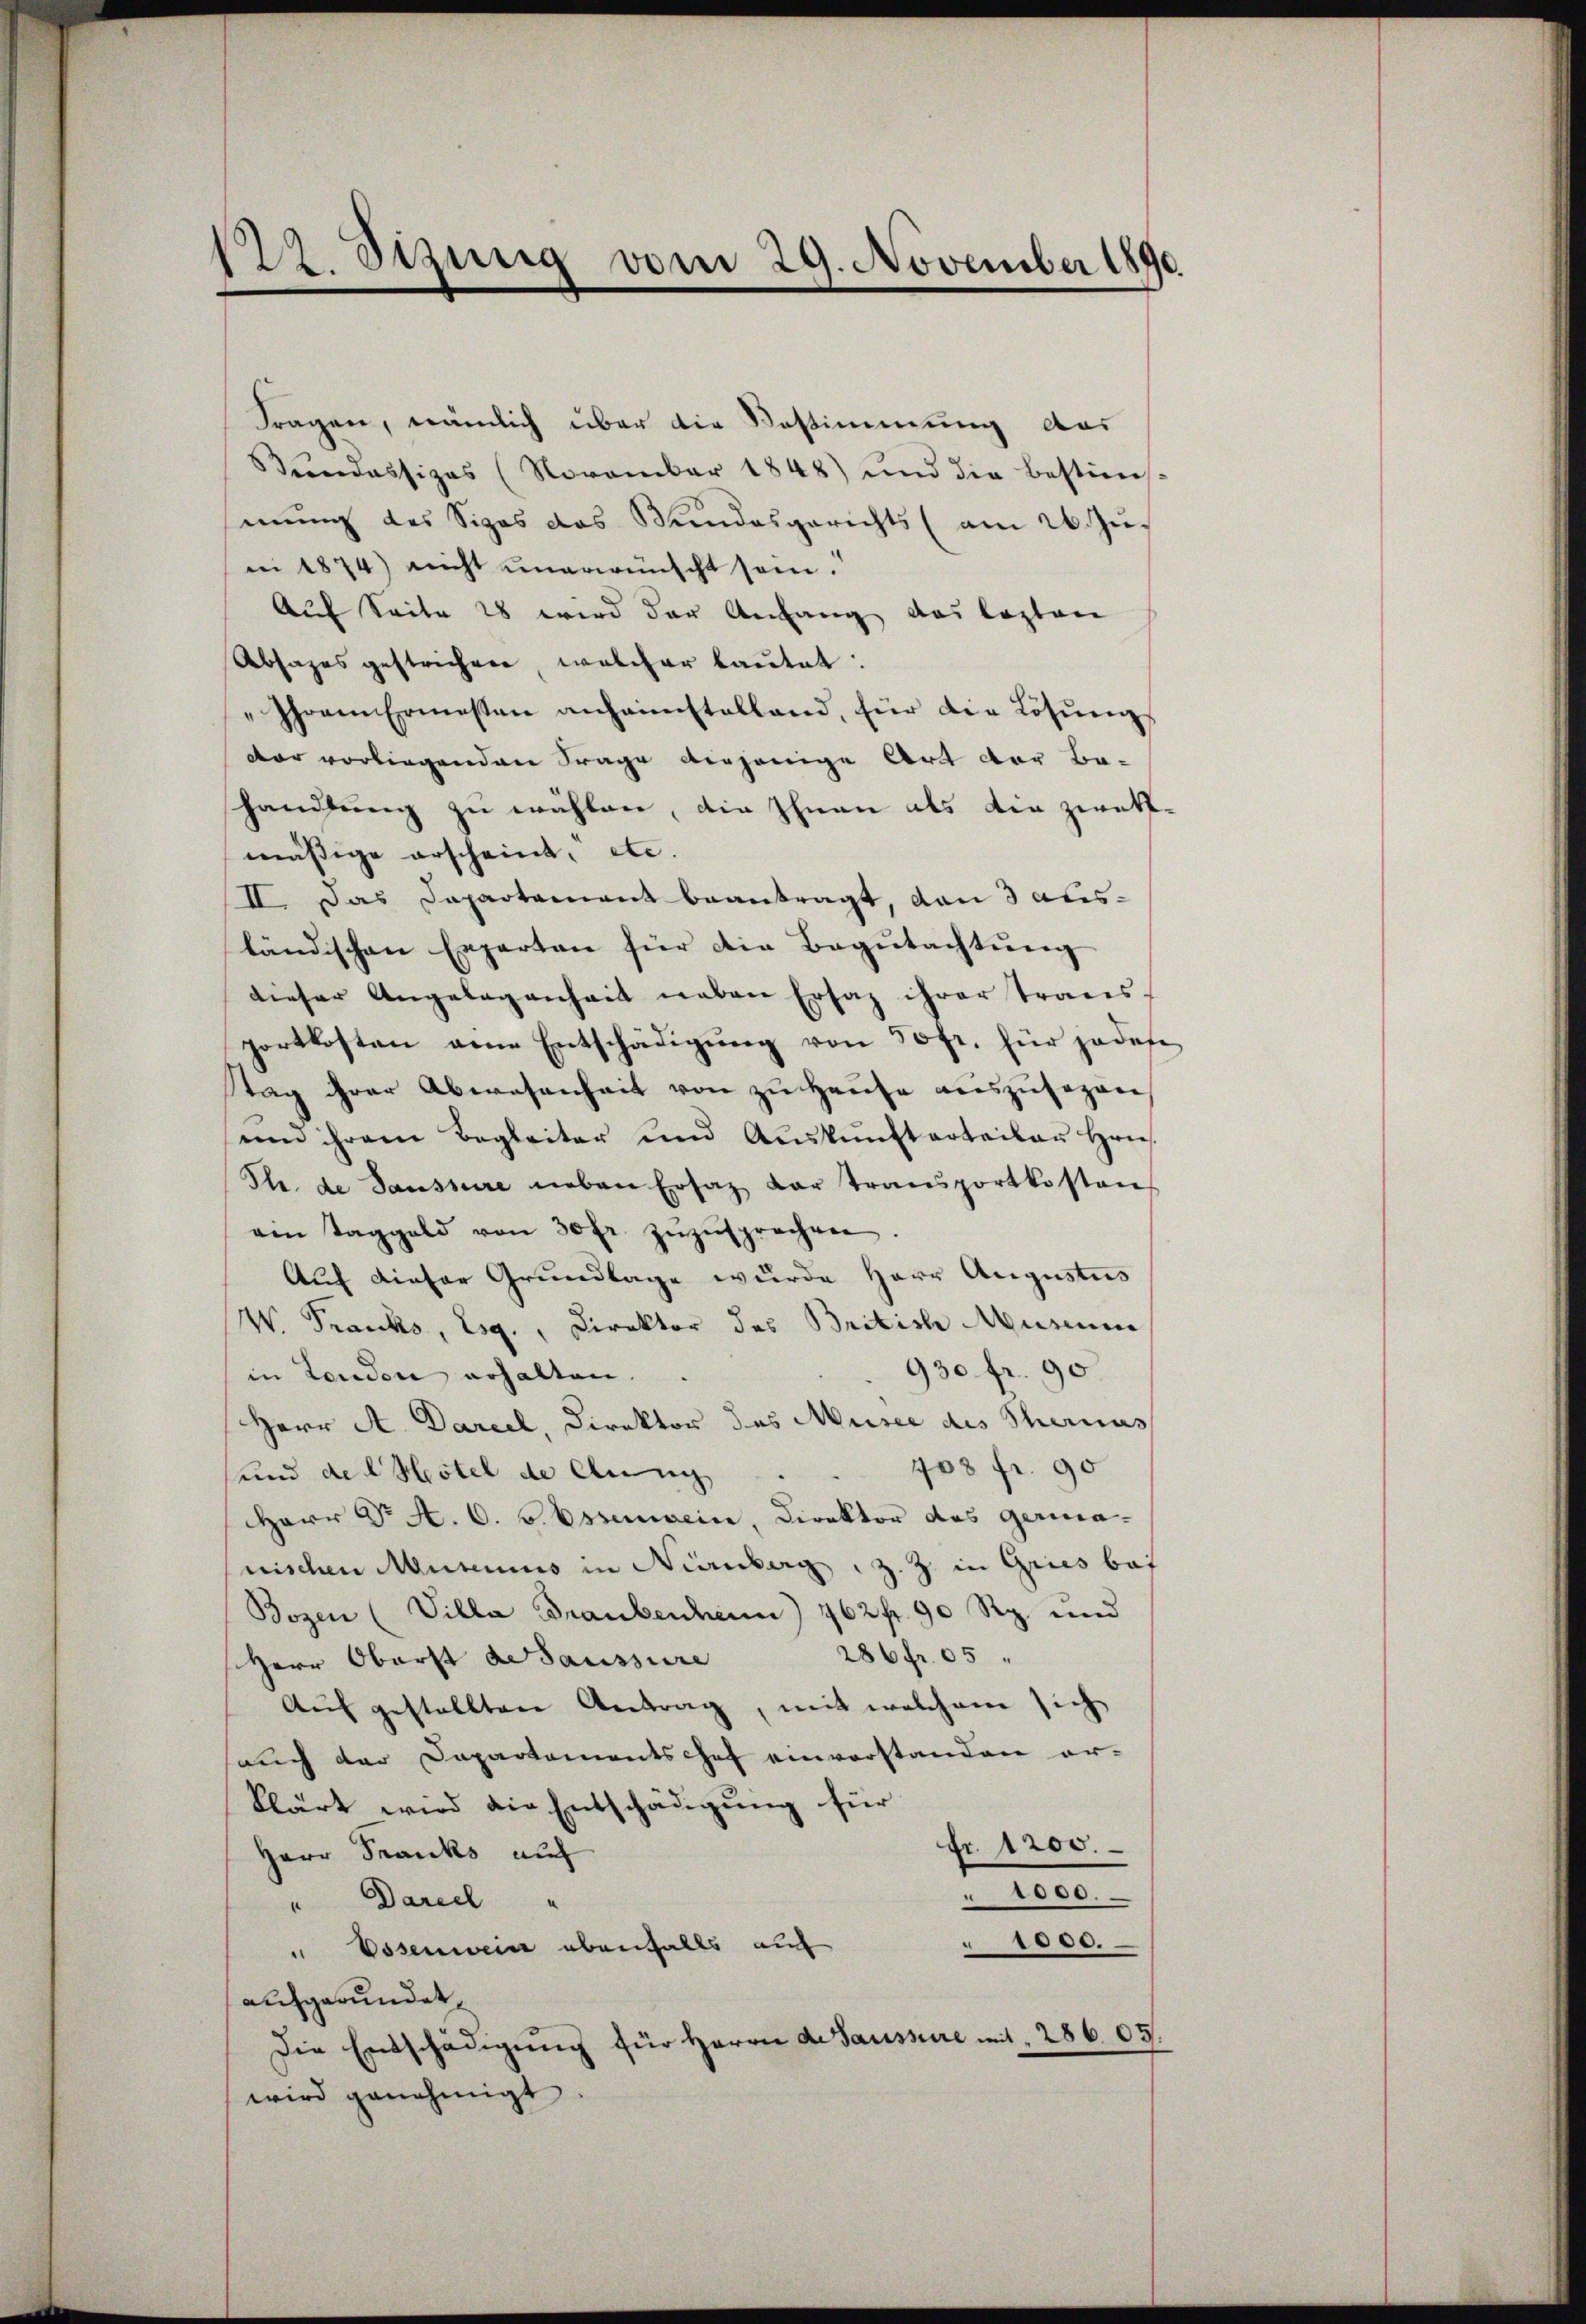
177. Seinig vom 29. November 1890.

Fragen, nämlich über die Bestimmung des
Bendassizes (November 1848) und die bestim-
mung des Siges das Bundesgerichts (am 26. Jus
ni 1874) nicht unerwünscht sein.
Auf Seite 28 wird der Anfang das lezten
Absages gestrichen, welcher lautet:
„Ihrem Ermessen anheimstelland, für die Lösung
dar vorliegenden Frage diejenige Art der Ba-
handlung zu wählen, die Ihnen als die zwek-
mäßige erscheint, etc.
II. Das Dapartament beantragt, von 3 ausländischen Experten für die Begŭtachtŭng
dieser Angelegenheit neben Ersat ihrer Trans-
portkosten eine Entschädigung von 50fr. für jedese
tag ihrer Abwesenheit von zu Hause auszusezen,
uen ihrem Begleiter und Aŭskŭnftarteilen Hrn.
Th. de Saussere neben Ersatz dar transportkosten
ein Taggeld von 30 fr. zŭzŭsprechen.
Auf dieser Grundlage wurde Herr Augustus
W. Tranks, Eg., Direktor des British Museum
930 fr. 90.
in London erhalten.
Herr A. Darcel, Direktor des Musee des Therius
408 fr. 90
und des Hotel de lung
HHerr Dr A. C. v. Essenwein, Direktor des gerianischen Museums in Nienberg z. Z. in Gries bei
Bozen (Villa Graubenheim) 762 fr. 90 Rp. und
286 fr. 05
Herr Oberst desaussure
Auf gestellten Antrag, mit welchem sich
auch der Departementschef einverstanden er-
klärt wird die Entschädigung für
fr. 1200.
Herr Franks auf
1000.
"Darell "
" 1000.
" Essenwein ebenfalls auf
aufgewundet.
Die Entschädigŭng für Herrn d. Saussere mit 286 05.
wird genehmigt.